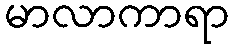
မာလာကာရာ